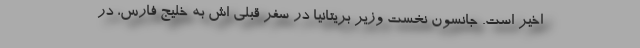
اخیر است. جانسون نخست وزیر بریتانیا در سفر قبلی اش به خلیج فارس، در